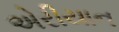
એરીયાન